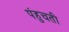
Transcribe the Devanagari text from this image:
पंहुचती